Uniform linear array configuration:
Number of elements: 4
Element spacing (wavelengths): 0.75
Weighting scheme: kaiser
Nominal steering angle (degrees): -60
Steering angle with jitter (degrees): -60.091
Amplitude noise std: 0.05
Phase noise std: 0.05

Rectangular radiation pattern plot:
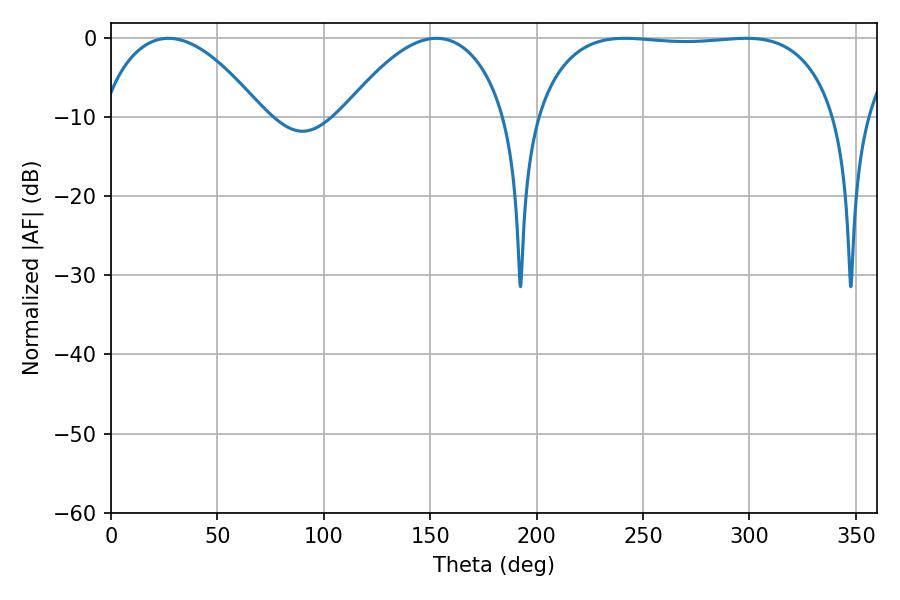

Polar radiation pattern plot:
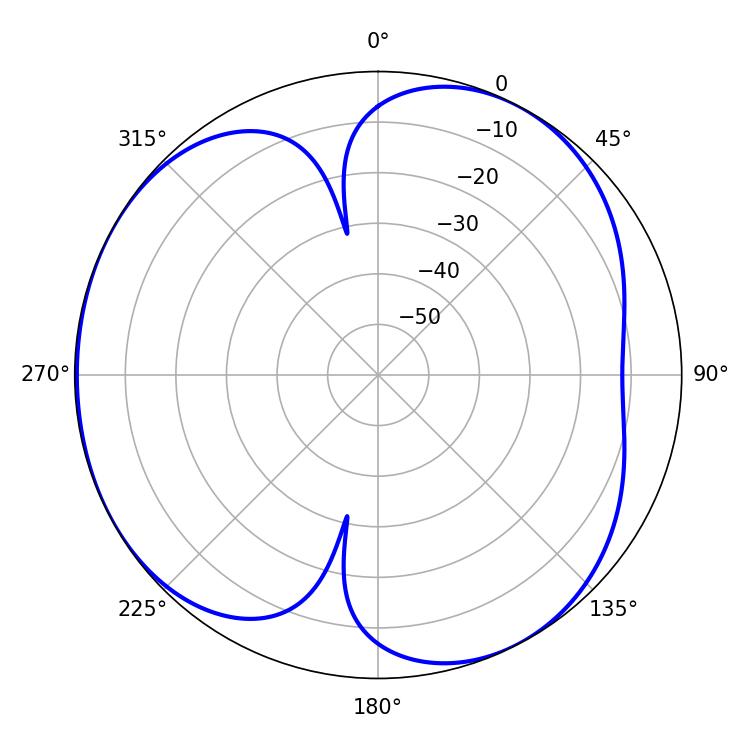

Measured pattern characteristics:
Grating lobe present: TRUE
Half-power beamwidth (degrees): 111.24
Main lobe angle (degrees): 241.56